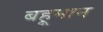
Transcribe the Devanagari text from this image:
बहूमान